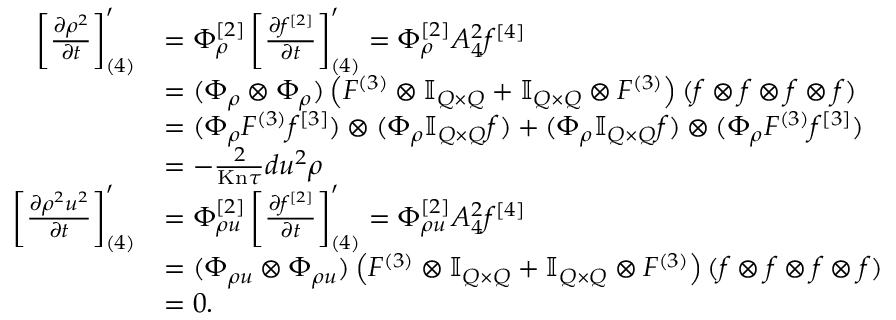
\begin{array} { r l } { \left[ \ensuremath { \frac { \partial \rho ^ { 2 } } { \partial t } } \right] _ { ( 4 ) } ^ { \prime } } & { = \Phi _ { \rho } ^ { [ 2 ] } \left[ \ensuremath { \frac { \partial f ^ { [ 2 ] } } { \partial t } } \right] _ { ( 4 ) } ^ { \prime } = \Phi _ { \rho } ^ { [ 2 ] } A _ { 4 } ^ { 2 } f ^ { [ 4 ] } } \\ & { = ( \Phi _ { \rho } \otimes \Phi _ { \rho } ) \left( F ^ { ( 3 ) } \otimes \ensuremath { \mathbb { I } _ { Q \times Q } } + \ensuremath { \mathbb { I } _ { Q \times Q } } \otimes F ^ { ( 3 ) } \right) ( f \otimes f \otimes f \otimes f ) } \\ & { = ( \Phi _ { \rho } F ^ { ( 3 ) } f ^ { [ 3 ] } ) \otimes ( \Phi _ { \rho } \ensuremath { \mathbb { I } _ { Q \times Q } } f ) + ( \Phi _ { \rho } \ensuremath { \mathbb { I } _ { Q \times Q } } f ) \otimes ( \Phi _ { \rho } F ^ { ( 3 ) } f ^ { [ 3 ] } ) } \\ & { = - \frac { 2 } { \ensuremath { \mathrm { K n } } \tau } d u ^ { 2 } \rho } \\ { \left[ \ensuremath { \frac { \partial \rho ^ { 2 } u ^ { 2 } } { \partial t } } \right] _ { ( 4 ) } ^ { \prime } } & { = \Phi _ { \rho u } ^ { [ 2 ] } \left[ \ensuremath { \frac { \partial f ^ { [ 2 ] } } { \partial t } } \right] _ { ( 4 ) } ^ { \prime } = \Phi _ { \rho u } ^ { [ 2 ] } A _ { 4 } ^ { 2 } f ^ { [ 4 ] } } \\ & { = ( \Phi _ { \rho u } \otimes \Phi _ { \rho u } ) \left( F ^ { ( 3 ) } \otimes \ensuremath { \mathbb { I } _ { Q \times Q } } + \ensuremath { \mathbb { I } _ { Q \times Q } } \otimes F ^ { ( 3 ) } \right) ( f \otimes f \otimes f \otimes f ) } \\ & { = 0 . } \end{array}